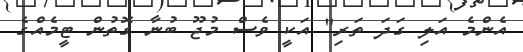
އެންމެ އަލި ގަދަ ތަރި" އަކީ ވެސް މުޖޫ ބުނާ ގޮތުން ޓީމެއްގެ